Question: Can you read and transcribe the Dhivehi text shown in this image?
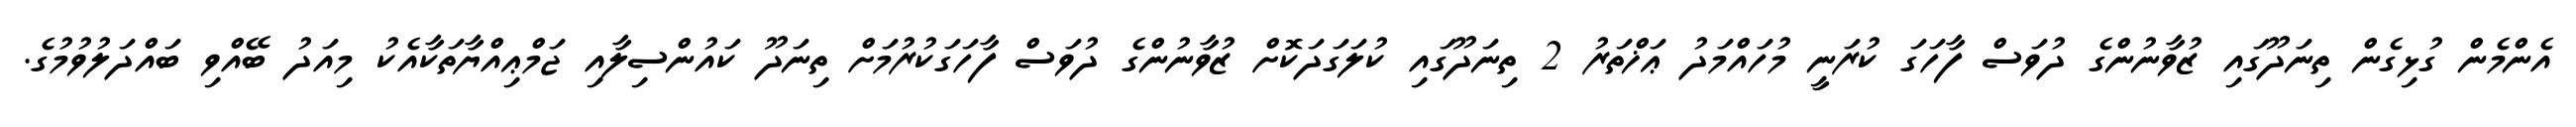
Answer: އެންމެން ގުޅިގެން ތިނަދޫގައި ޒުވާނުންގެ ދުވަސް ފާހަގަ ކުރަނީ މުހައްމަދު ޢަޚްތަރު 2 ތިނަދޫގައި ކުލަގަދަކޮށް ޒުވާނުންގެ ދުވަސް ފާހަގަކުރުމަށް ތިނަދޫ ކައުންސިލާއި ޖަމްޢިއްޔާތަކާއެކު މިއަދު ބޭއްވި ބައްދަލުވުމުގެ.